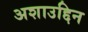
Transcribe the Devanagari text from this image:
अशाउद्दिन